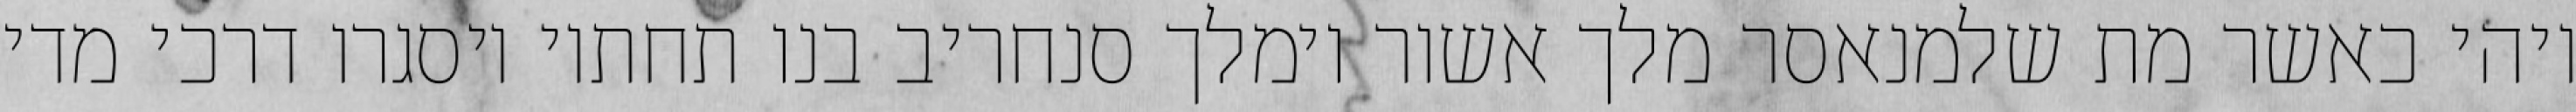
ויהי כאשר מת שלמנאסר מלך אשור וימלך סנחריב בנו תחתיו ויסגרו דרכי מדי